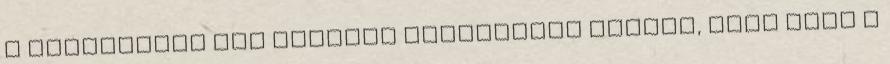
a betegségek Nem fertőző betegségek esetén, csak azok a